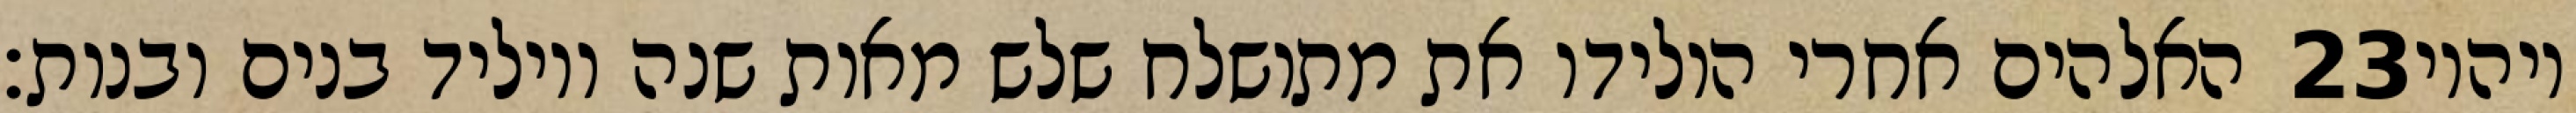
האלהים אחרי הולידו את מתושלח שלש מאות שנה ויוליד בנים ובנות׃ ‎23‏ ויהיו